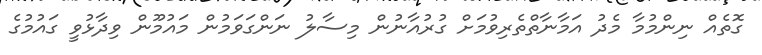
ގޮތެއް ނިންމުމާ މެދު އަމާނާތްތެރިވުމަށް ގުރުއާނުން މިސާލު ނަންގަވަމުން މައުމޫން ވިދާޅުވީ ގައުމުގެ